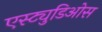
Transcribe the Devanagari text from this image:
एस्ट्युडिओस